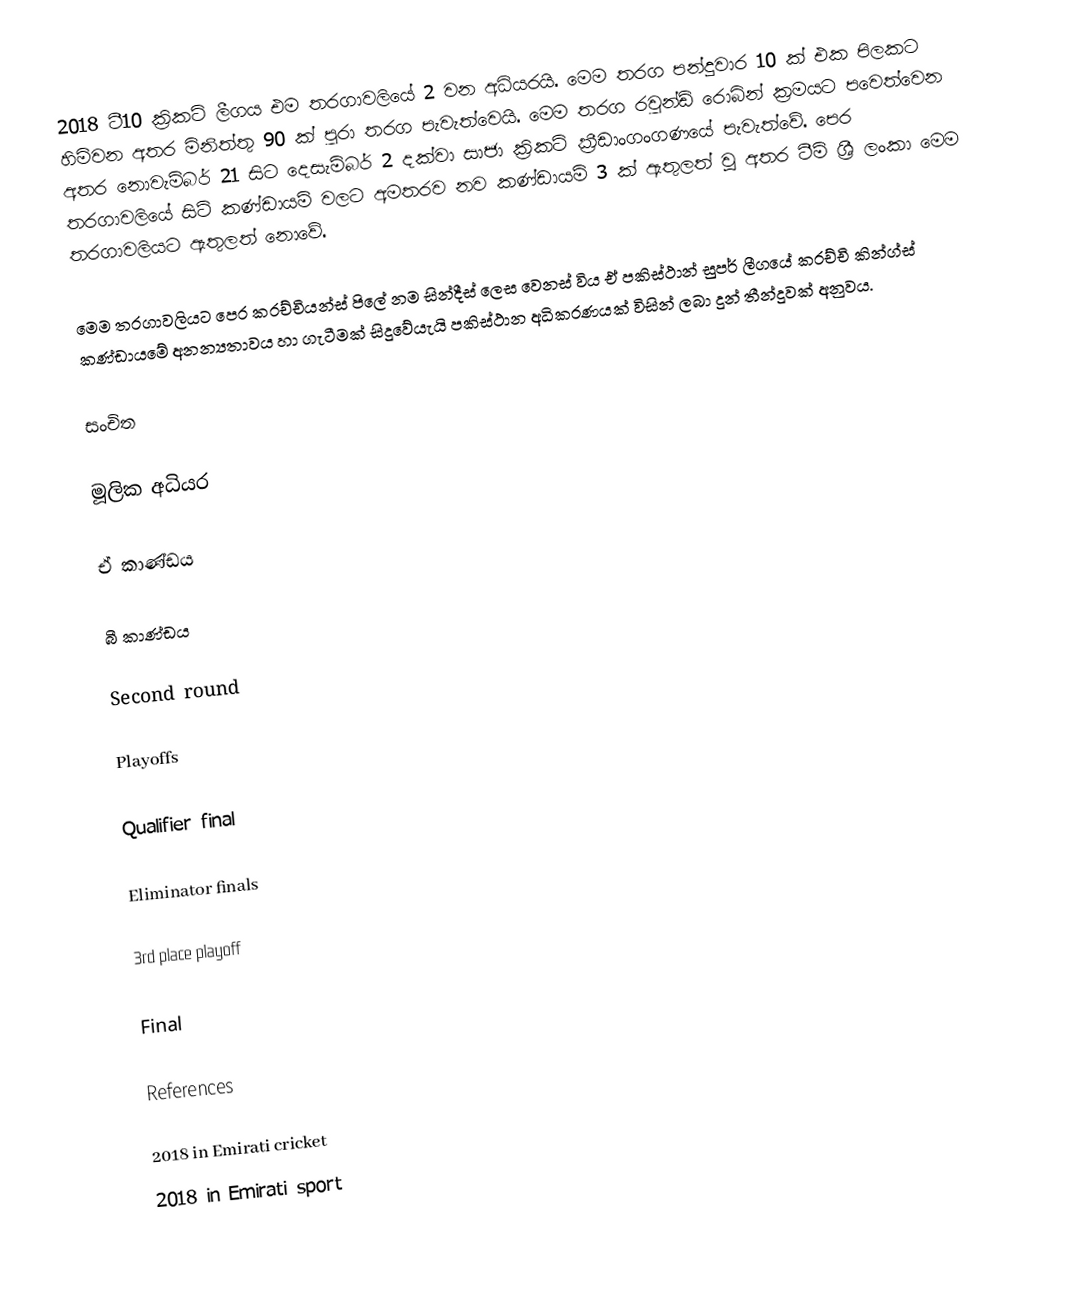
2018 ටී10 ක්‍රිකට් ලීගය එම තරගාවලියේ 2 වන අධියරයි. මෙම තරග පන්දුවාර 10 ක් එක පිලකට හිමිවන අතර මිනිත්තු 90 ක් පුරා තරග පැවැත්වෙයි. මෙම තරග රවුන්ඩ් රොබින් ක්‍රමයට පවෙත්වෙන අතර නොවැම්බර් 21 සිට දෙසැම්බර් 2 දක්වා සාජා ක්‍රිකට් ක්‍රීඩාංගංගණයේ පැවැත්වේ. පෙර තරගාවලියේ සිටි කණ්ඩායම් වලට අමතරව නව කණ්ඩායම් 3 ක් ඇතුලත් වූ අතර ටීම් ශ්‍රී ලංකා මෙම තරගාවලියට ඇතුලත් නොවේ.

මෙම තරගාවලියට පෙර කරච්චියන්ස් පිලේ නම සින්දීස් ලෙස වෙනස් විය ඒ පකිස්ථාන් සුපර් ලීගයේ කරච්චි කින්ග්ස් කණ්ඩායමේ අනන්‍යතාවය හා ගැටීමක් සිදුවේයැයි පකිස්ථාන අධිකරණයක් විසින් ලබා දුන් තීන්දුවක් අනුවය.

සංචිත

මූලික අධියර

ඒ කාණ්ඩය

බී කාණ්ඩය

Second round

Playoffs

Qualifier final

Eliminator finals

3rd place playoff

Final

References

2018 in Emirati cricket
2018 in Emirati sport